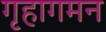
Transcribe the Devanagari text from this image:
गृहागमन